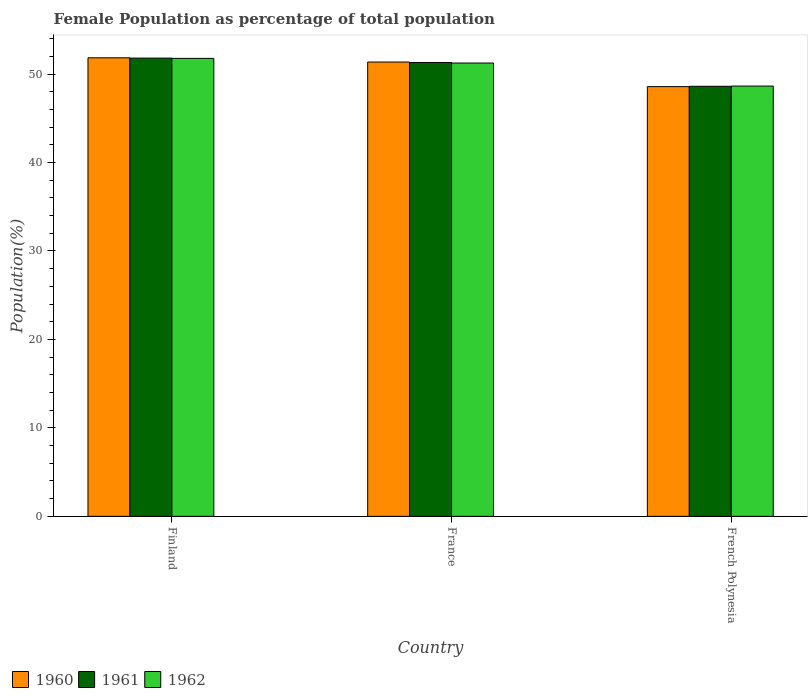
| Country | 1960 | 1961 | 1962 |
 | --- | --- | --- | --- |
 | Finland | 51.8 | 51.8 | 51.8 |
 | France | 51.4 | 51.3 | 51.2 |
 | French Polynesia | 48.6 | 48.6 | 48.6 |